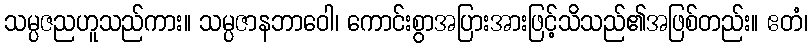
သမ္ပဇညဟူသည်ကား။ သမ္ပဇာနဘာဝေါ၊ ကောင်းစွာအပြားအားဖြင့်သိသည်၏အဖြစ်တည်း။ ဧတံ၊